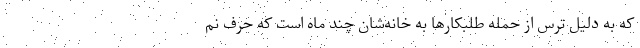
که به دلیل ترس از حمله طلبکارها به خانه‌شان چند ماه است که حرف نم